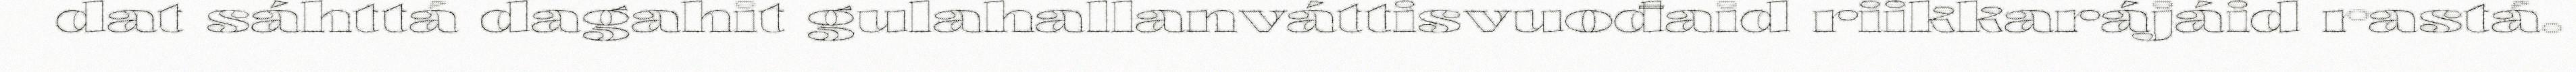
dat sáhttá dagahit gulahallanváttisvuođaid riikkarájáid rastá.